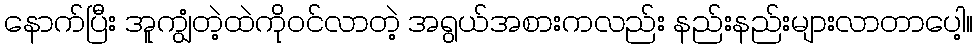
နောက်ပြီး အူကျွံတဲ့ထဲကိုဝင်လာတဲ့ အရွယ်အစားကလည်း နည်းနည်းများလာတာပေါ့။